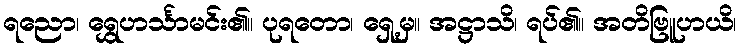
ရညော၊ ရွှေဟင်္သာမင်း၏။ ပုရတော၊ ရှေ့မှ။ အဋ္ဌာသိ၊ ရပ်၏။ အတိဗြူဟယိ၊